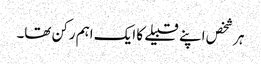
ہر شخص اپنے قبیلے کا ایک اہم رکن تھا۔